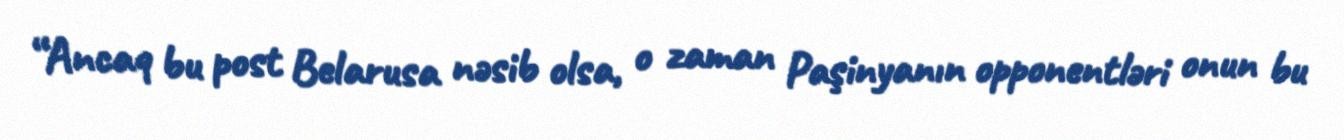
“Ancaq bu post Belarusa nəsib olsa, o zaman Paşinyanın opponentləri onun bu